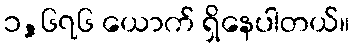
၁,၆၇၆ ယောက် ရှိနေပါတယ်။